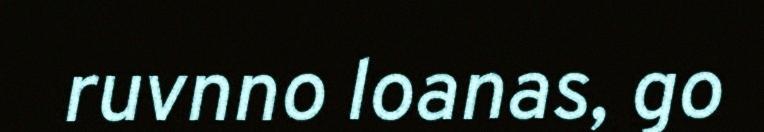
ruvnno loanas, go